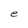
Character: e